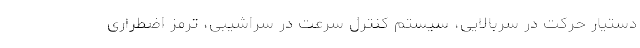
دستیار حرکت در سربالایی، سیستم کنترل سرعت در سراشیبی، ترمز اضطراری